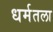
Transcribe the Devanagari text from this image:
धर्मतला